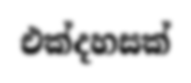
එක්දහසක්